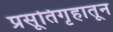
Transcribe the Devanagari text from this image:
प्रसूतिगृहातून